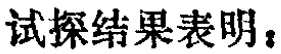
试探结果表明，